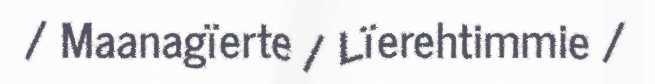
/ Maanagïerte / Lïerehtimmie /